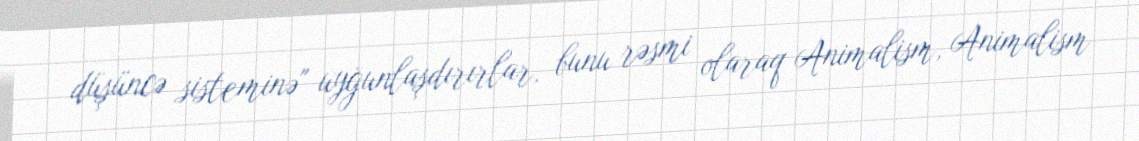
düşüncə sisteminə" uyğunlaşdırırlar, bunu rəsmi olaraq Animalism, Animalism